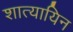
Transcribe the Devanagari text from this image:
शात्यायिन